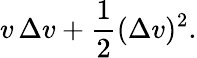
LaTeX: v\, \Delta v+{\frac{1}{2}}(\Delta v)^{2}.